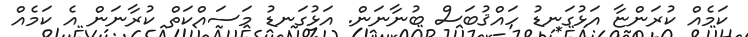
ކަމެއް ކުރަންޏާ އަޅުގަނޑު ހައްޤުބަސް ބުނާނަން. އަޅުގަނޑު މަސައްކަތް ކުރާނަން އެ ކަމެއް